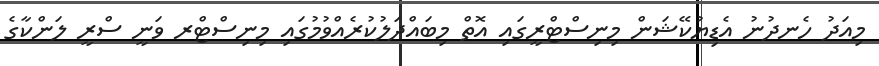
މިއަދު ހެނދުނު އެޑިޔުކޭޝަން މިނިސްޓްރީގައި އޮތް މިބައްދަލުކުރެއްވުމުގައި މިނިސްޓްރ ވަނީ ސްރީ ލަންކާގެ